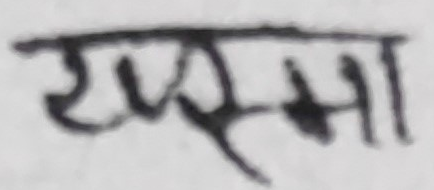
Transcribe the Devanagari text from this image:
राम्मा